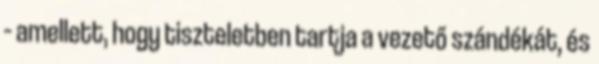
– amellett, hogy tiszteletben tartja a vezető szándékát, és